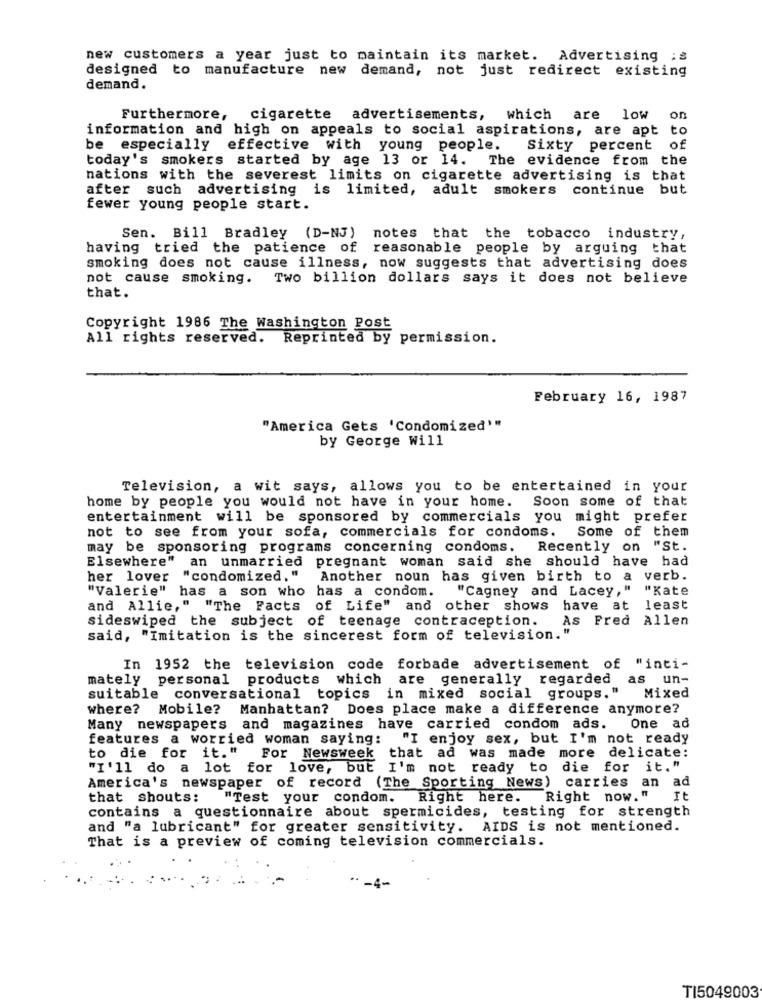
new customers a year just to maintain its market. Advertising : s
designed to manufacture new
demand, not just redirect existing
demand.
Furthermore,
cigarette advertisements,
which
are low
on
information and high on appeals to social aspirations, are apt to
be especially
effective with young people.
Sixty percent
of
today's smokers started by age 13 or 14. The evidence from the
nations with the severest limits on cigarette advertising is that
after such advertising is limited, adult smokers continue but
fewer young people start.
Sen. Bill Bradley (D-NJ) notes that the tobacco industry,
having tried the patience of reasonable people by arguing that
smoking does not cause illness, now suggests that advertising does
not cause smoking. Two billion dollars says it does not believe
that.
Copyright 1986 The Washington Post
All rights reserved. Reprinted by permission.
February 16, 1987
"America Gets 'Condomized'"
by George Will
Television, a wit says, allows you to be entertained in your
home by people you would not have in your home. Soon some of that
entertainment will be sponsored by commercials you might prefer
not to see from your sofa, commercials for condoms. Some of them
may be sponsoring programs concerning condoms. Recently on "St.
Elsewhere" an unmarried pregnant woman said she should have had
her lover "condomized, "
Another noun has given birth to a verb.
"Valerie" has a son who has a condom.
"Cagney and Lacey," "Kate
and Allie," "The Facts of Life" and other shows
have at least
sideswiped the subject of teenage contraception.
As Fred Allen
said, "Imitation is the sincerest form of television."
In 1952 the television code forbade advertisement of "inti-
mately personal
products
which are generally regarded
as un-
suitable conversational topics in mixed social groups."
Mixed
where?
Mobile?
Manhattan? Does place make a difference anymore?
Many newspapers and magazines have carried condom ads.
One ad
features a worried woman saying:
"I enjoy sex, but I'm not ready
to die for it."
For Newsweek that ad was made more delicate:
"I'll do a lot for love, but I'm not ready to die for it."
America's newspaper of record (The Sporting News) carries an
ad
that shouts:
"Test your condom. Right here. Right now. "
It
contains a questionnaire about spermicides, testing for strength
and "a lubricant" for greater sensitivity. AIDS is not mentioned.
That is a preview of coming television commercials.
TI5049003